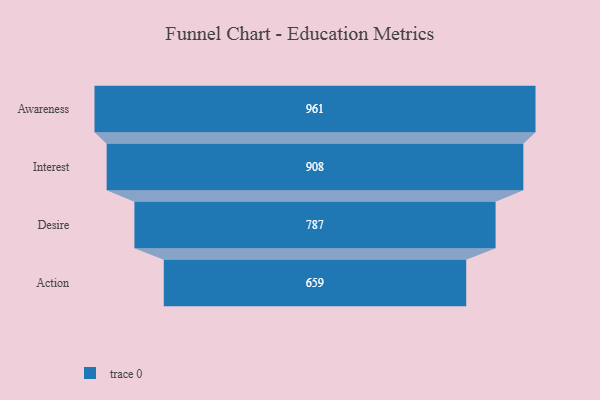
{"axis": {"x": "Stage", "y": "Value"}, "legend": [""], "data": [{"x": "Awareness", "y": 961.0, "type": ""}, {"x": "Interest", "y": 908.0, "type": ""}, {"x": "Desire", "y": 787.0, "type": ""}, {"x": "Action", "y": 659.0, "type": ""}]}